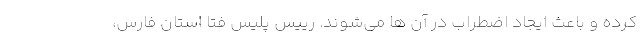
کرده و باعث ایجاد اضطراب در آن ها می‌شوند. رییس پلیس فتا استان فارس،